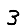
Digit: 3